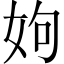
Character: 姁